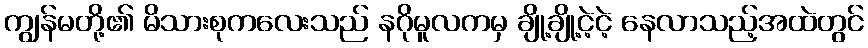
ကျွန်မတို့၏ မိသားစုကလေးသည် နဂိုမူလကမှ ချို့ချို့ငဲ့ငဲ့ နေလာသည့်အထဲတွင်